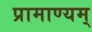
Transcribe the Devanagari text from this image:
प्रामाण्यम्